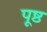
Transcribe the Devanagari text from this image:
पूष्ठ